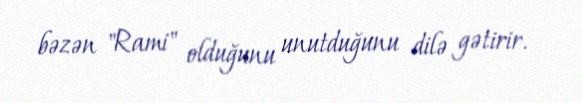
bəzən "Rami" olduğunu unutduğunu dilə gətirir.